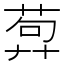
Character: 𦴳